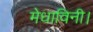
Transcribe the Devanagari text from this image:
मेधाविनी।